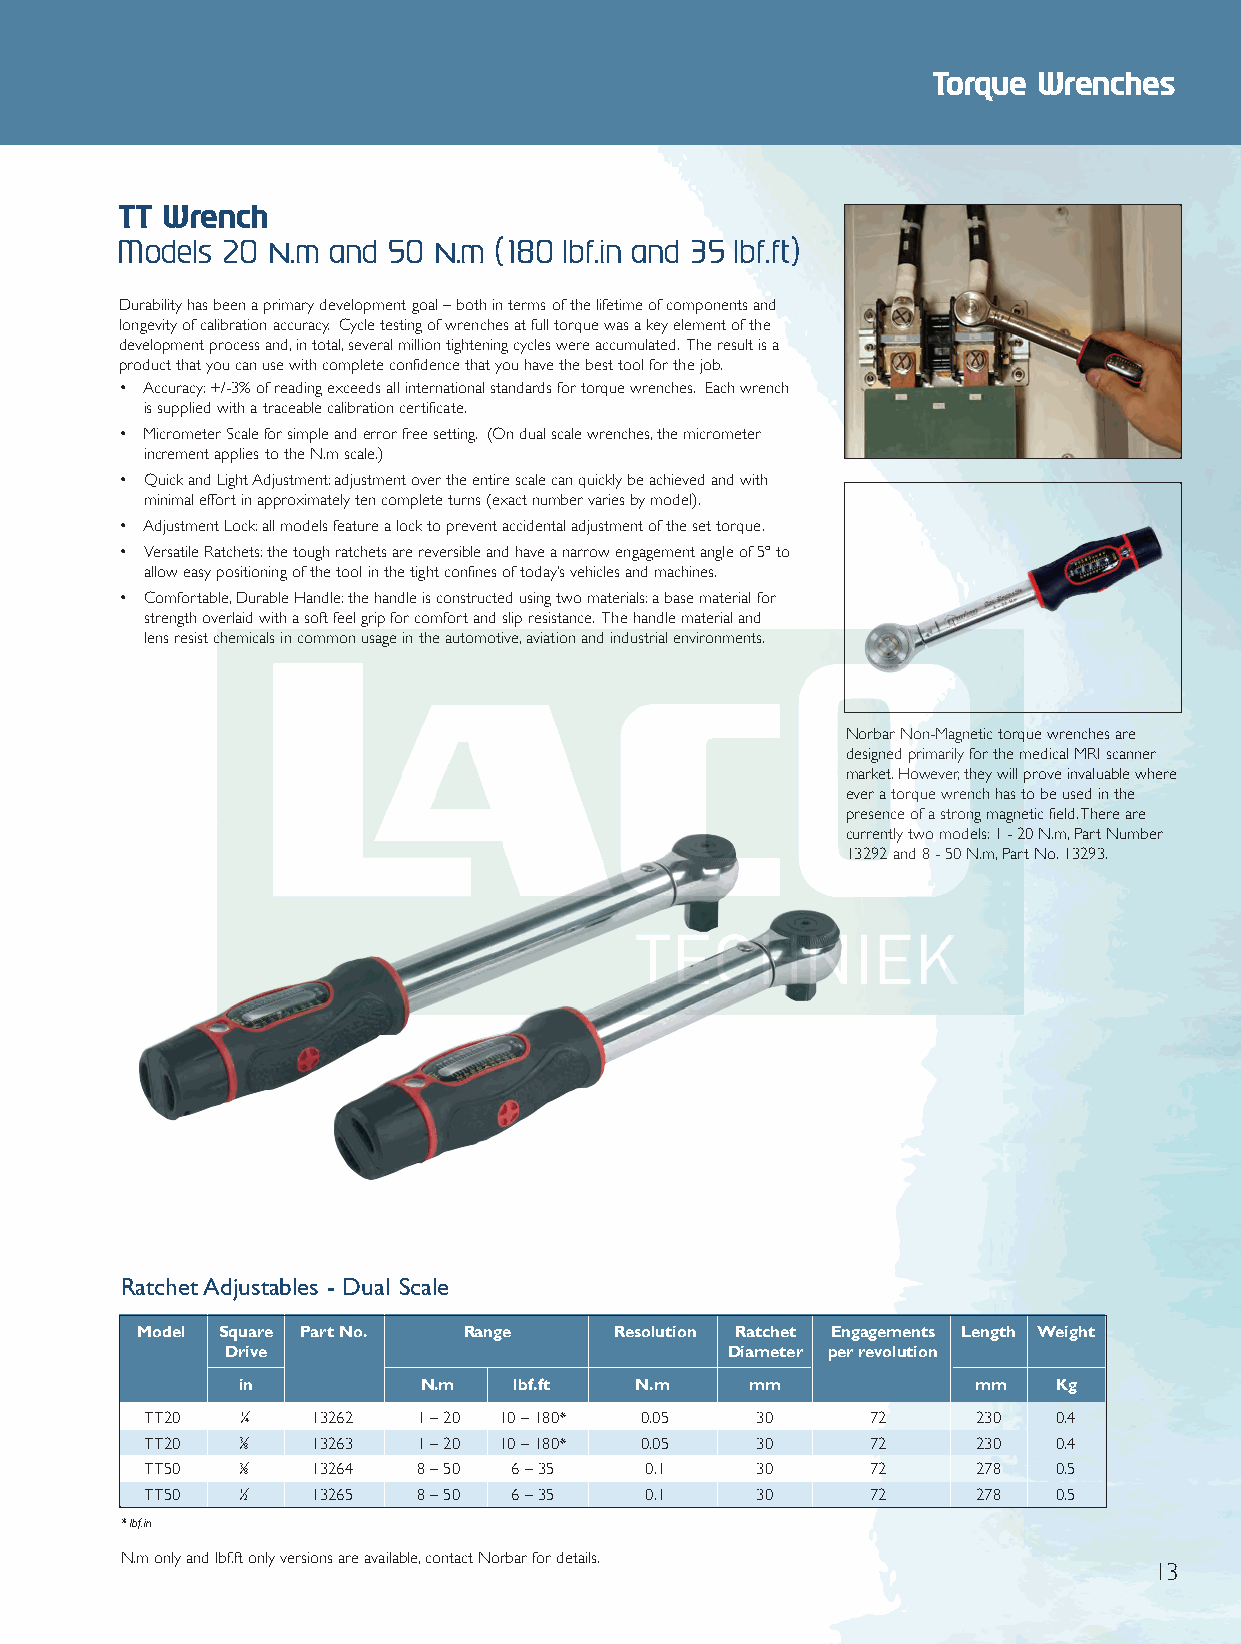
Front 2012 Q6.qxd 26/10/12 9:00 am Page 13
 Torque Wrenches
 TT Wrench
 Models 20 N.m and 50 N.m (180 lbf.in and 35 lbf.ft)
 Durability has been a primary development goal – both in terms of the lifetime of components and
 longevity of calibration accuracy. Cycle testing of wrenches at full torque was a key element of the
 development process and,in total,several million tightening cycles were accumulated. The result is a
 product that you can use with complete confidence that you have the best tool for the job.
 • Accuracy:+/-3% of reading exceeds all international standards for torque wrenches. Each wrench
 is supplied with a traceable calibration certificate.
 • Micrometer Scale for simple and error free setting. (On dual scale wrenches,the micrometer
 increment applies to the N.m scale.)
 • Quick and Light Adjustment:adjustment over the entire scale can quickly be achieved and with
 minimal effort in approximately ten complete turns (exact number varies by model).
 • Adjustment Lock:all models feature a lock to prevent accidental adjustment of the set torque.
 • Versatile Ratchets:the tough ratchets are reversible and have a narrow engagement angle of 5º to
 allow easy positioning of the tool in the tight confines of today’s vehicles and machines.
 • Comfortable,Durable Handle:the handle is constructed using two materials:a base material for
 strength overlaid with a soft feel grip for comfort and slip resistance. The handle material and
 lens resist chemicals in common usage in the automotive,aviation and industrial environments.
 Norbar Non-Magnetic torque wrenches are
 designed primarily for the medical MRI scanner
 market.However,they will prove invaluable where
 ever a torque wrench has to be used in the
 presence of a strong magnetic field.There are
 currently two models:1 - 20 N.m,Part Number
 13292 and 8 - 50 N.m,Part No.13293.
 Ratchet Adjustables - Dual Scale
 Model Square Part No. Range     Resolution Ratchet Engagements Length Weight
 Drive                            Diameter per revolution
 in          N.m   lbf.ft  N.m    mm             mm    Kg
 TT20   1⁄
 4
 13262  1 –20 10 –180* 0.05    30     72     230   0.4
 TT20   3⁄
 8
 13263  1 –20 10 –180* 0.05    30     72     230   0.4
 TT50   3⁄
 8
 13264  8 – 50 6 –35    0.1    30     72     278   0.5
 TT50   1⁄
 2
 13265  8 – 50 6 – 35   0.1    30     72     278   0.5
 * lbf.in
 N.m only and lbf.ft only versions are available,contact Norbar for details.
 13